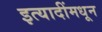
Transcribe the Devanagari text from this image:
इत्यादींमधून